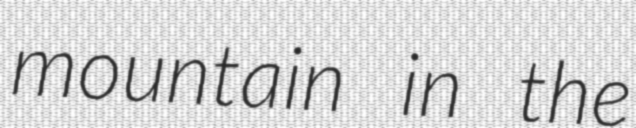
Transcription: mountain in the